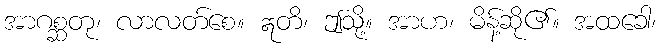
အာဂစ္ဆတု၊ လာလတ်စေ။ ဣတိ၊ ဤသို့။ အာဟ၊ မိန့်ဆို၏။ အထခေါ၊